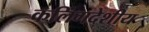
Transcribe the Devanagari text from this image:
कलिंगदेशीय